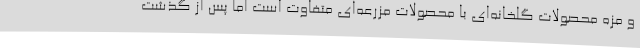
و مزه محصولات گلخانه‌ای با محصولات مزرعه‌ای متفاوت است اما پس از گذشت